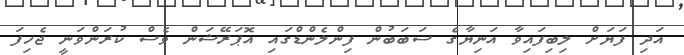
އަދި ފަޔަށް ލިބިފައިވާ އަނިޔާގެ ސަބަބުން ފިންލެންޑްގައި އޮޕަރޭޝަން ވެސް ކުރަންވަނީ ޖެހިފަ